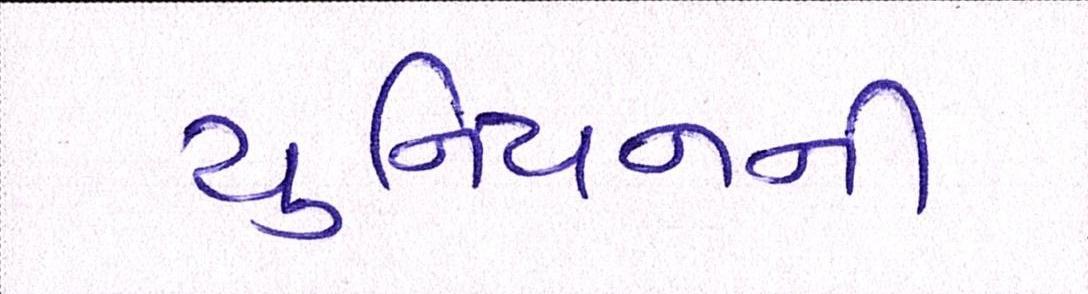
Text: યુનિયનની